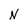
Character: N